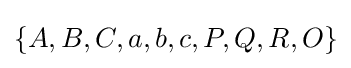
\{A,B,C,a,b,c,P,Q,R,O\}